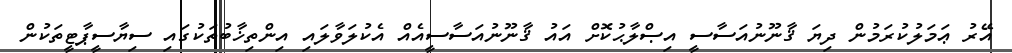
އޭރު ޢަމަލުކުރަމުން ދިޔަ ޤާނޫނުއަސާސީ އިޞްލާޙުކޮށް އައު ޤާނޫނުއަސާސީއެއް އެކުލަވާލައި އިންތިޚާބުތަކުގައި ސިޔާސީޕާޓީތަކުން